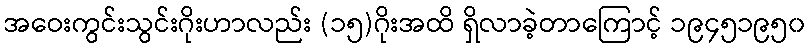
အဝေးကွင်းသွင်းဂိုးဟာလည်း (၁၅)ဂိုးအထိ ရှိလာခဲ့တာကြောင့် ၁၉၄၅၁၉၅၀